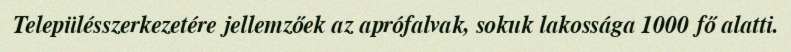
Településszerkezetére jellemzőek az aprófalvak, sokuk lakossága 1000 fő alatti.